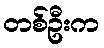
တစ်ဦးက